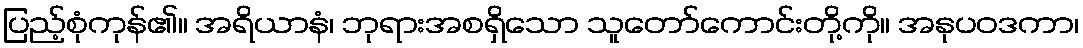
ပြည့်စုံကုန်၏။ အရိယာနံ၊ ဘုရားအစရှိသော သူတော်ကောင်းတို့ကို။ အနုပဝဒကာ၊